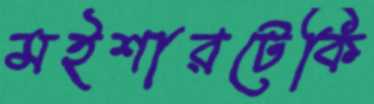
মইশারটেকি